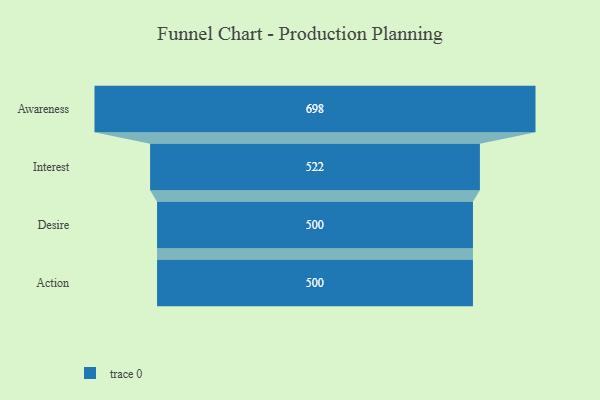
{"axis": {"x": "Stage", "y": "Value"}, "legend": [""], "data": [{"x": "Awareness", "y": 698.0, "type": ""}, {"x": "Interest", "y": 522.0, "type": ""}, {"x": "Desire", "y": 500, "type": ""}, {"x": "Action", "y": 500, "type": ""}]}